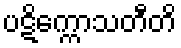
ပဋိက္ကောသတီတိ